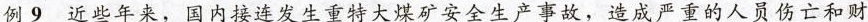
例9 近些年来，国内接连发生重特大煤矿安全生产事故，造成严重的人员伤亡和财